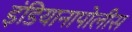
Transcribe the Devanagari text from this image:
इंडियानापोलीस